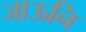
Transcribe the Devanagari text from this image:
जाऊनि